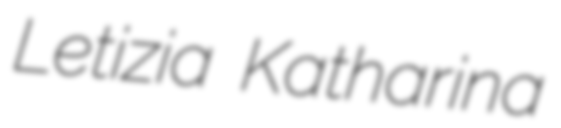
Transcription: Letizia Katharina